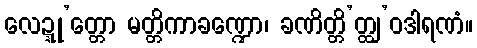
လေဍ္ဍု’တ္တော မတ္တိကာခဏ္ဍော၊ ခဏိတ္တိ’တ္ထျ’ဝဒါရဏံ။